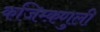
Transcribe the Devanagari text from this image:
कजिम्क़णुली